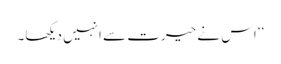
‘‘ اس نے حیرت سے انہیں دیکھا۔